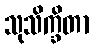
သုသိက္ခိတာ